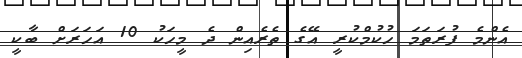
އެންމެ ފުރަތަމަ ހުކުމްކުރީ އޭގެ ތެރެއިން ދެ މީހަކު 10 އަހަރަށް ބާކީ